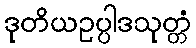
ဒုတိယဥပ္ပါဒသုတ္တံ